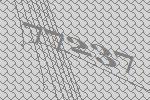
77237